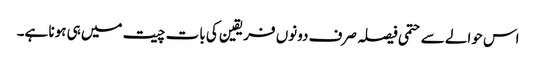
اس حوالے سے حتمی فیصلہ صرف دونوں فریقین کی بات چیت میں ہی ہونا ہے۔